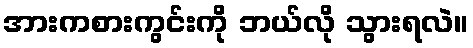
အားကစားကွင်းကို ဘယ်လို သွားရလဲ။